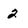
Character: 2